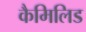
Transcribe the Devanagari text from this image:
कैमिलिड